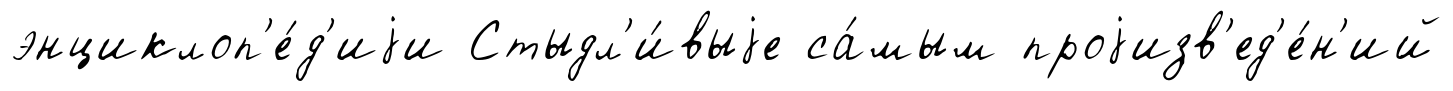
энциклоп'е́д'иjи Стыдл'и́выjе са́мым проjизв'ед'е́н'ий